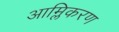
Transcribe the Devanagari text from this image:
आम्लिकरण